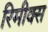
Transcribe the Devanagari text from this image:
रिमीक्स